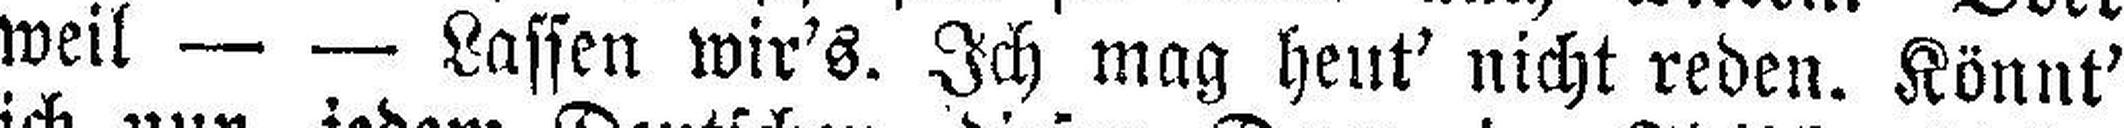
weil — — Lassen wir's. Ich mag heut' nicht reden. Könnt'